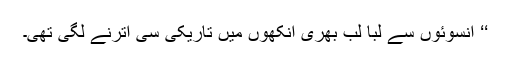
‘‘ آنسوئوں سے لبا لب بھری آنکھوں میں تاریکی سی اترنے لگی تھی۔